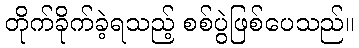
တိုက်ခိုက်ခဲ့ရသည့် စစ်ပွဲဖြစ်ပေသည်။